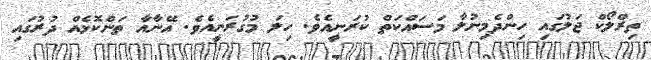
ތިރްލޯކް ޖަލުގައި ހިންދެމިނުލާ މަސައްކަތް ކުރަނީއެވެ. ހިލަ މުގުރަނީއެވެ. އޭނާއާ ތަންކޮޅެއް ދުރުގައި